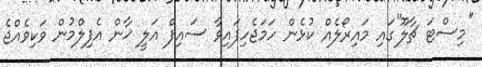
''މިސްޓަ ޗާލޫ''ގައި މައިރޯލެއް ކުޅެން ހަމަޖެހިފައިވާ ސައިފް އަލީ ޚާން އެފިލްމުން ވަކިވެއްޖެ